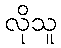
လိုသူ